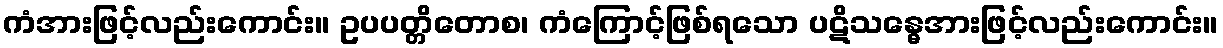
ကံအားဖြင့်လည်းကောင်း။ ဥပပတ္တိတောစ၊ ကံကြောင့်ဖြစ်ရသော ပဋိသန္ဓေအားဖြင့်လည်းကောင်း။